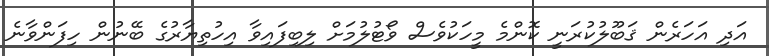
އަދި އަހަރެން ޤަބޫލުކުރަނީ ކޮންމެ މީހަކުވެސް ވޯޓުލުމަށް ލިބިފައިވާ އިހުތިޔާރުގެ ބޭނުން ހިފަންވާނެ